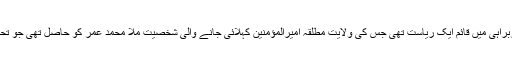
یہ مذہبی علما کی سربراہی میں قائم ایک ریاست تھی جس کی ولایت مطلقہ امیرالمؤمنین کہلائی جانے والی شخصیت ملا محمد عمر کو حاصل تھی جو تحریک کے بانی تھے۔